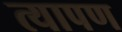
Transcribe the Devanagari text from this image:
त्यापण